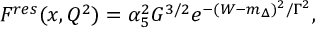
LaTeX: F ^ { r e s } ( x , Q ^ { 2 } ) = \alpha _ { 5 } ^ { 2 } G ^ { 3 / 2 } e ^ { - ( W - m _ { \Delta } ) ^ { 2 } / \Gamma ^ { 2 } } ,